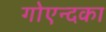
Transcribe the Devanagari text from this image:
गोएन्दका